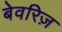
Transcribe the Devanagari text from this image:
बेवरिज़